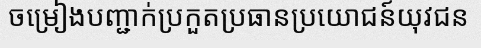
ចម្រៀងបញ្ជាក់ប្រកួតប្រធានប្រយោជន៍យុវជន